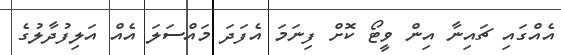
އެއްގައި ޗައިނާ އިން ވީޓޯ ކޮށް ފިނަމަ އެފަދަ މައްސަލަ އެއް އަލިފުދާލުގެ